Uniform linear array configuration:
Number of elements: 4
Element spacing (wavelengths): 0.75
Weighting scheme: exponential
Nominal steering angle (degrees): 60
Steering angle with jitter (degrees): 61.815
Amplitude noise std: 0.05
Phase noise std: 0.05

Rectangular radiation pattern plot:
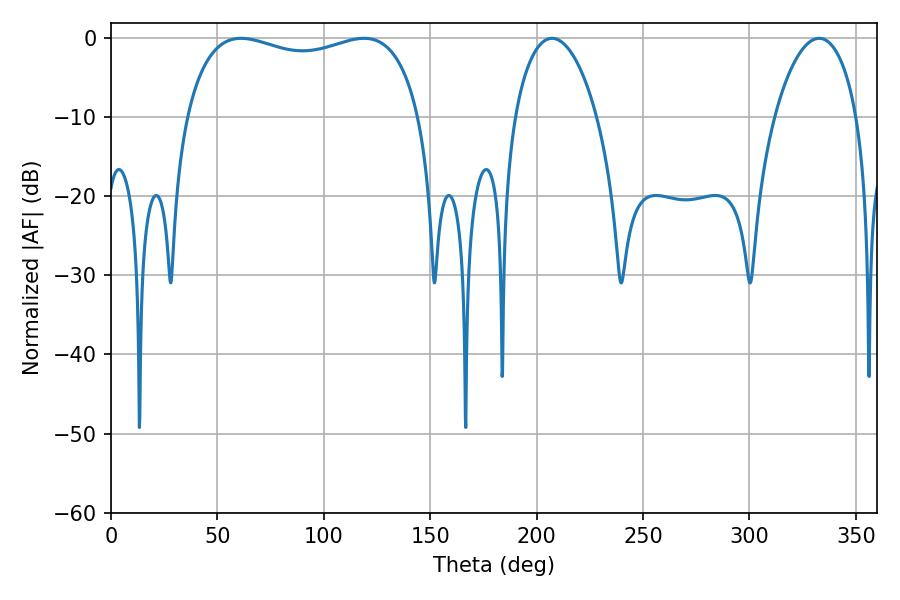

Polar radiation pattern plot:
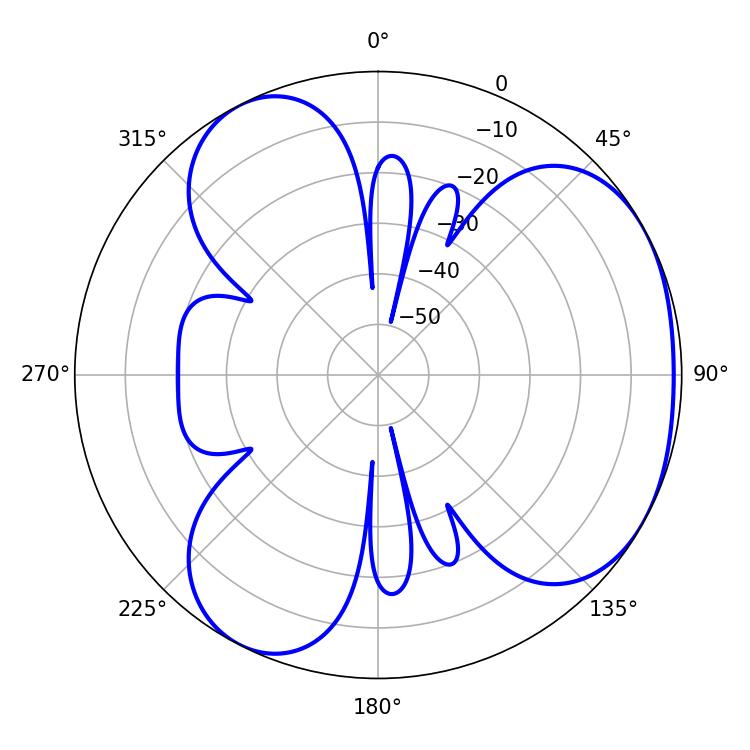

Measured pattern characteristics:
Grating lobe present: TRUE
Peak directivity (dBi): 3.667
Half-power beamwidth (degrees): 90
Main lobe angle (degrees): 118.8